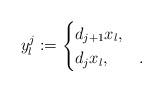
LaTeX: \begin{align*} y^{j}_l := \begin{cases}d_{j+1} x_l, & \\d_j x_l , & .\end{cases}\end{align*}